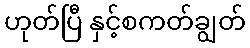
ဟုတ်ပြီ နှင့်စကတ်ချွတ်